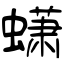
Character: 蟏